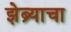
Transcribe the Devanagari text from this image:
झेब्र्याचा